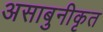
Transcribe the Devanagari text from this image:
असाबुनीकृत